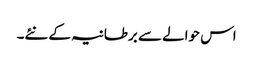
اس حوالے سے برطانیہ کے نئے۔